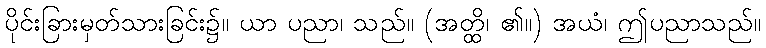
ပိုင်းခြားမှတ်သားခြင်း၌။ ယာ ပညာ၊ သည်။ (အတ္ထိ၊ ၏။) အယံ၊ ဤပညာသည်။